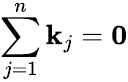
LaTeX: \sum_{j=1}^{n}\mathbf{k}_{j}=\mathbf{0}